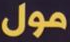
مول